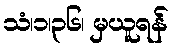
သံ၊၁၊၃၆၊ မှယူရန်